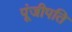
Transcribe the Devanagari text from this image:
पूंजीपति